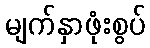
မျက်နှာဖုံးစွပ်